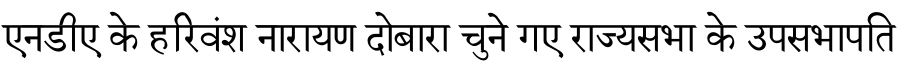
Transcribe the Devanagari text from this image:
एनडीए के हरिवंश नारायण दोबारा चुने गए राज्यसभा के उपसभापति